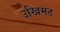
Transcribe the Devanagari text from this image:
उखिमठ